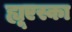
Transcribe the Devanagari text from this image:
ह्यूएस्का